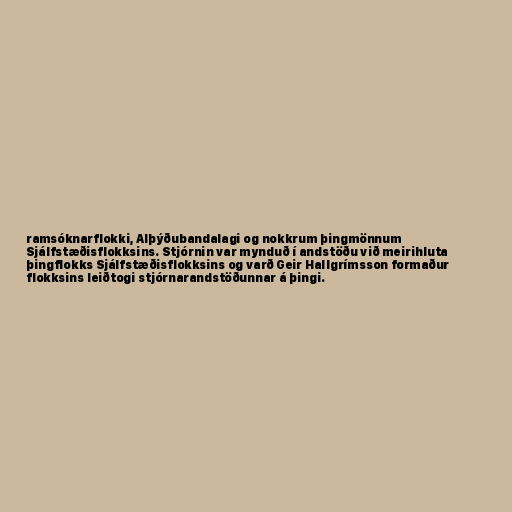
ramsóknarflokki, Alþýðubandalagi og nokkrum þingmönnum
Sjálfstæðisflokksins. Stjórnin var mynduð í andstöðu við meirihluta
þingflokks Sjálfstæðisflokksins og varð Geir Hallgrímsson formaður
flokksins leiðtogi stjórnarandstöðunnar á þingi.